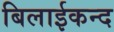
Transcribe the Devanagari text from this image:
बिलाईकन्द